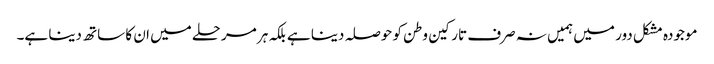
موجودہ مشکل دور میں ہمیں نہ صرف تارکین وطن کو حوصلہ دینا ہے بلکہ ہر مرحلے میں ان کا ساتھ دینا ہے۔